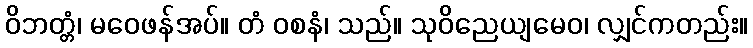
ဝိဘတ္တံ၊ မဝေဖန်အပ်။ တံ ဝစနံ၊ သည်။ သုဝိညေယျမေဝ၊ လျှင်ကတည်း။